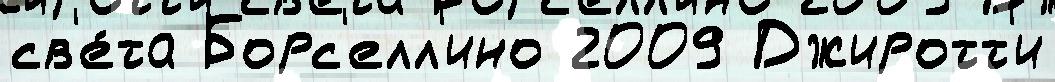
св'е́та Борс'елл'ино 2009 Джиротт'и